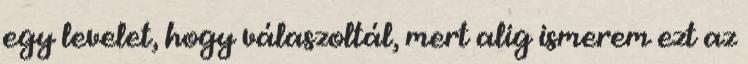
egy levelet, hogy válaszoltál, mert alig ismerem ezt az